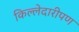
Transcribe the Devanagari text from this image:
किल्लेदारीपण